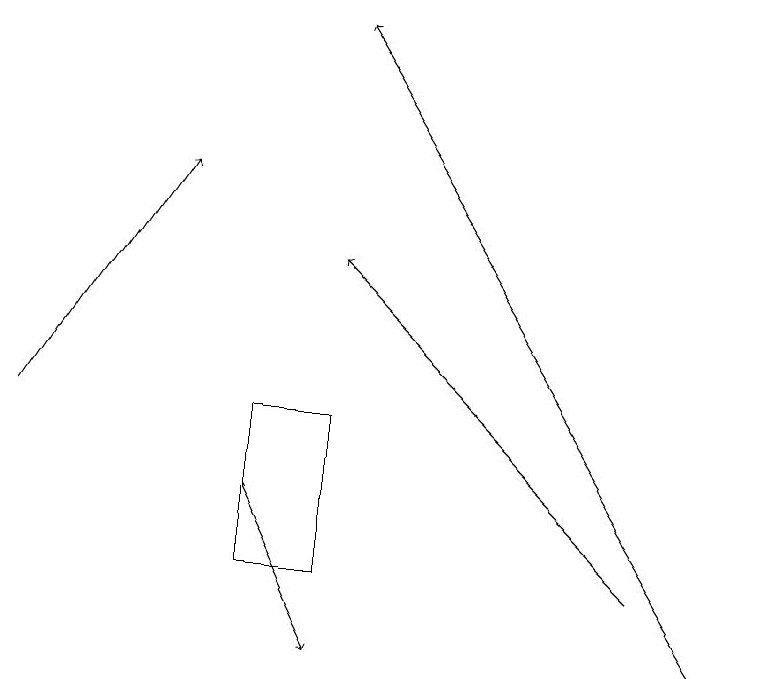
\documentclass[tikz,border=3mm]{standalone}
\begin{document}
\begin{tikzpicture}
\draw (4,14) rectangle (3,12);
\draw[->] (0,14) -- (2,17);
\draw[->] (8,12) -- (4,16);
\draw[->] (3,13) -- (4,11);
\draw[->] (9,11) -- (4,19);
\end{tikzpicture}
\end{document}